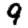
Digit: 9